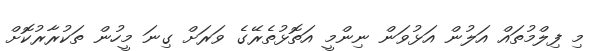
މި ފިލްމުތައް އަލުން އަޅުވަން ނިންމީ އަތޮޅުތެރޭގެ ވަރަށް ގިނަ މީހުން ތަކުރާރުކޮށް